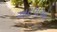
અટવાઓ